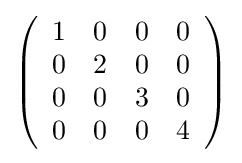
{\textstyle \left({\begin{array}{rrrr}1&0&0&0\\0&2&0&0\\0&0&3&0\\0&0&0&4\\\end{array}}\right)}